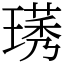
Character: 璓